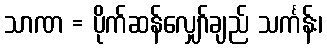
သာဏ = ပိုက်ဆန်လျှော်ချည် သင်္ကန်း၊